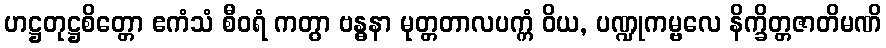
ဟဋ္ဌတုဋ္ဌစိတ္တော ဧကံသံ စီဝရံ ကတွာ ဗန္ဓနာ မုတ္တတာလပက္ကံ ဝိယ, ပဏ္ဍုကမ္ဗလေ နိက္ခိတ္တဇာတိမဏိ